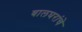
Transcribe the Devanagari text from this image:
बालघरांचे